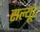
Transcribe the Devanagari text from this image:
सल्यूट